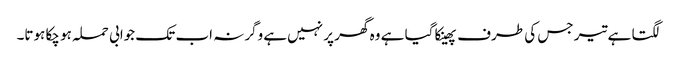
لگتا ہے تیر جس کی طرف پھینکا گیا ہے وہ گھر پر نہیں‌ہے وگرنہ اب تک جوابی حملہ ہو چکا ہوتا۔